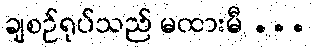
ချစဉ်ရုပ်သည် မထားမီ ...